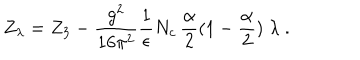
LaTeX: Z _ { \lambda } = Z _ { 3 } - \frac { g ^ { 2 } } { 1 6 \pi ^ { 2 } } \frac { 1 } { \epsilon } N _ { c } \, \frac \alpha 2 ( 1 - \frac \alpha 2 ) \; \lambda \; .